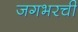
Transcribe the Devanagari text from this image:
जगभरची